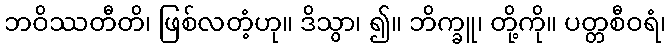
ဘဝိဿတီတိ၊ ဖြစ်လတံ့ဟု။ ဒိသွာ၊ ၍။ ဘိက္ခူ၊ တို့ကို။ ပတ္တစီဝရံ၊